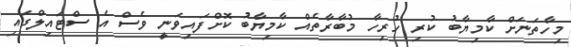
މިހާތަނަށް ކާމިޔާބު ކުރި ހުރިހާ މުބާރާތެއް ކާމިޔާބު ކޮށްފައިވަނީ ވެސް އެ ސްޓައިލްގައި